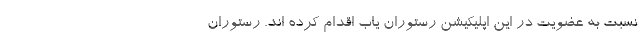
نسبت به عضویت در این اپلیکیشن رستوران یاب اقدام کرده اند. رستوران